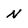
Character: N